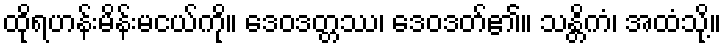
ထိုရဟန်းမိန်းမငယ်ကို။ ဒေဝဒတ္တဿ၊ ဒေဝဒတ်၏။ သန္တိကံ၊ အထံသို့။